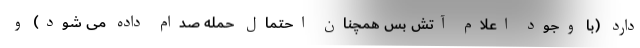
دارد (با وجود اعلام آتش بس همچنان احتمال حمله صدام داده می شود) و